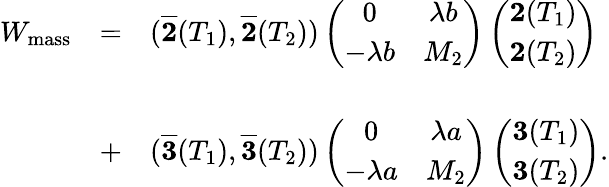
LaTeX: \begin{array}{ccl}{{W_{\mathrm{mass}}}}&{{=}}&{{(\overline{{{{\mathbf 2}}}}(T_{1}),\overline{{{{\mathbf 2}}}}(T_{2}))\left(\begin{array}{cc}{{0}}&{{\lambda b}}\\ {{-\lambda b}}&{{M_{2}}}\end{array}\right)\left(\begin{array}{c}{{{\mathbf 2}(T_{1})}}\\ {{{\mathbf 2}(T_{2})}}\end{array}\right)}}\\ {{}}&{{}}&{{}}\\ {{}}&{{+}}&{{(\overline{{{{\mathbf 3}}}}(T_{1}),\overline{{{{\mathbf 3}}}}(T_{2}))\left(\begin{array}{cc}{{0}}&{{\lambda a}}\\ {{-\lambda a}}&{{M_{2}}}\end{array}\right)\left(\begin{array}{c}{{{\mathbf 3}(T_{1})}}\\ {{{\mathbf 3}(T_{2})}}\end{array}\right).}}\end{array}